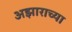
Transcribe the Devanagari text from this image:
अझाराच्या